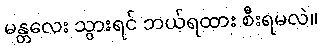
မန္တလေး သွားရင် ဘယ်ရထား စီးရမလဲ။